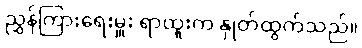
ညွှန်ကြားရေးမှူး ရာထူးက နှုတ်ထွက်သည်။